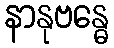
နာနုဗန္ဓေ